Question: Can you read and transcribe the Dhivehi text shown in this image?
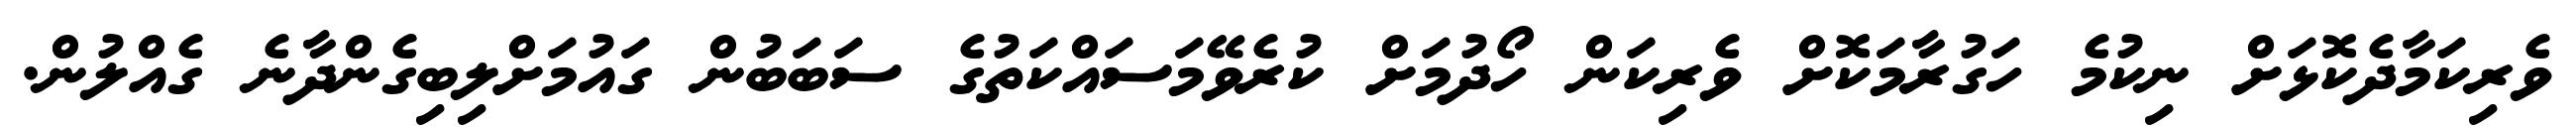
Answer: ވެރިކަމާދެކޮޅަށް ނިކުމެ ހަގުރާމަކޮށް ވެރިކަން ހޯދުމަށް ކުރެވޭމަސައްކަތުގެ ސަބަބުން ގައުމަށްލިބިގެންދާނެ ގެއްލުން.